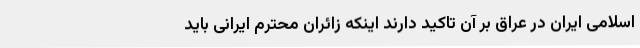
اسلامی ایران در عراق بر آن تاکید دارند اینکه زائران محترم ایرانی باید